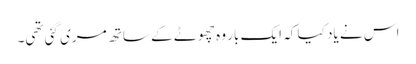
اس نے یاد کیا کہ ایک بار وہ چھوٹے کے ساتھ مری گئی تھی۔